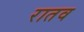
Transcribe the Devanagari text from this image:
रातव